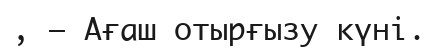
, — Ағаш отырғызу күні.